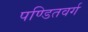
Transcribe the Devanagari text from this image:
पण्डितवर्ग